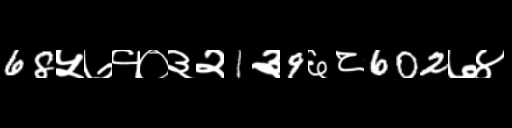
Text: 68५७१०३२1३9६८602७४